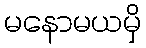
မနောမယမှိ